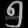
Digit: ၅